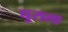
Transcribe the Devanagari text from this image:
घुराला